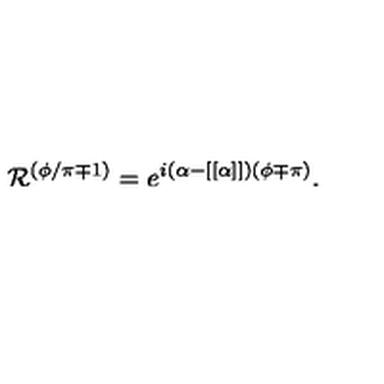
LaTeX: { \cal R } ^ { ( \phi / \pi \mp 1 ) } = e ^ { i ( \alpha - [ [ \alpha ] ] ) ( \phi \mp \pi ) } .